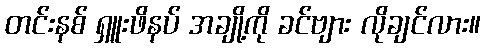
တင်းနစ် ရှူးဖိနပ် အချို့ကို ခင်ဗျား လိုချင်လား။